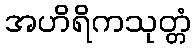
အဟိရိကသုတ္တံ